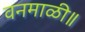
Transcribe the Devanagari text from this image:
वनमाळी॥